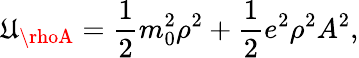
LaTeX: \mathfrak{U}_{\rhoA}={\frac{{1}}{{2}}}m_{0}^{2}\rho^{2}+{\frac{{1}}{{2}}}e^{2}\rho^{2}A^{2},